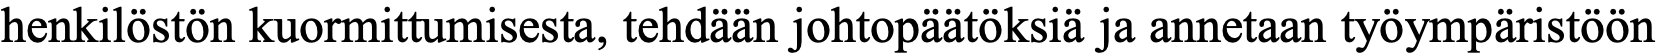
henkilöstön kuormittumisesta, tehdään johtopäätöksiä ja annetaan työympäristöön